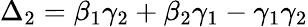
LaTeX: \Delta_{2}=\beta_{1}\gamma_{2}+\beta_{2}\gamma_{1}-\gamma_{1}\gamma_{2}